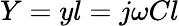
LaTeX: Y=yl=j\omega Cl